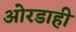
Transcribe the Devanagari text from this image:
ओरडाही